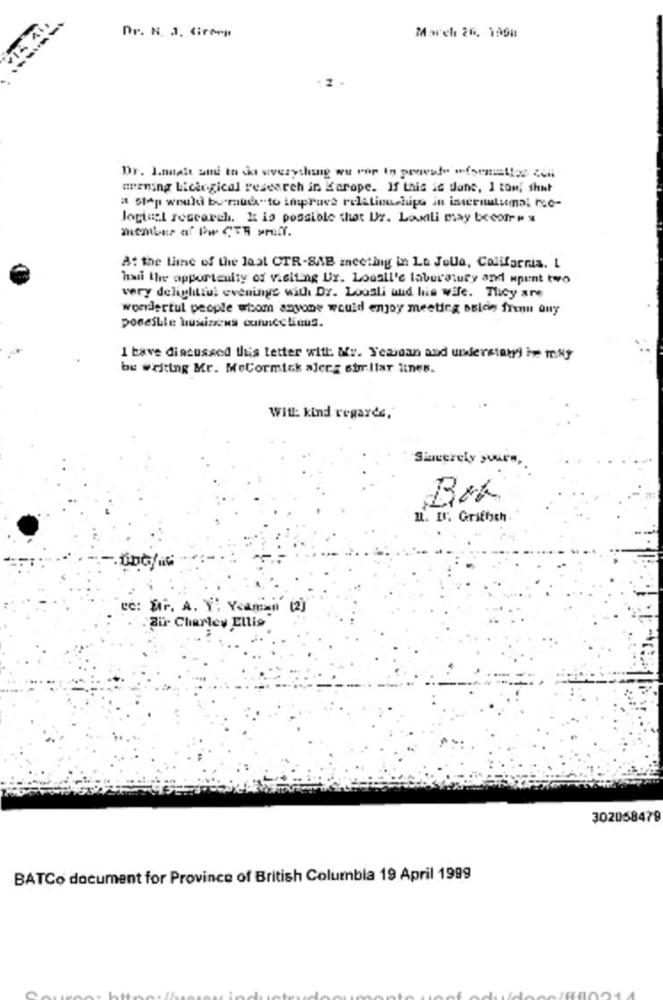
Dr. N. J. Giros
March 26. 1998
Dr. Laatt ani to shi siverything wu ror to prowad" information ceni
trening Liclogical research in Korope. If this is dans, 1 ton, shut
a Step would buraud"to improve relationships in isternulumal moc-
logical research. It is possible that Ur. Lawili may become a
At the line of the laat CTR-SAB meetbig in La Jolla, California. L
hai the apportenity of visiting Ux. Lodall'e laburolucy and mpent two
very deliglitiul evenings with Dr. Loosli and his wife. They are
wondertul people whom anyone would enjoy meeting asidin freni Quy
poseille husizona ouncelinus.
I bave discussed this letter with: Mr. Yeardan and uwierstawi he muy
be writing Mr. MeCormick alerg strr.llar itnes.
With kind regards,
Sincerely yours,
I. IN; Griffich
"C: Mr. A. Y', Yeaman [2]
Bu Charley Ellis
302058479
BATCo document for Province of British Columbia 19 April 1999